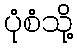
ပုံစံသို့